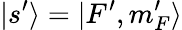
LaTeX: |s^{\prime}\rangle=|F^{\prime},m_{F}^{\prime}\rangle